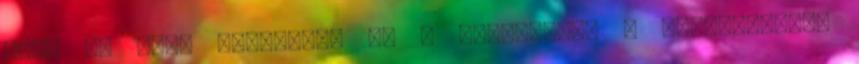
ezek az erek juttatják el a daganathoz a tápanyagokat